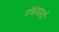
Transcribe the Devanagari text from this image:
गंधवार्ता